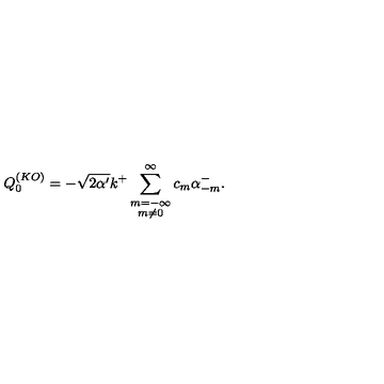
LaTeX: Q _ { 0 } ^ { ( K O ) } = - \sqrt { 2 \alpha ^ { \prime } } k ^ { + } \sum _ { \stackrel { \scriptstyle m = - \infty } { m \neq 0 } } ^ { \infty } c _ { m } \alpha _ { - m } ^ { - } .